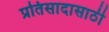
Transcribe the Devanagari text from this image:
प्रतिसादासाठी